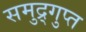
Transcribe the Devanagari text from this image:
समुद्र्गुप्त